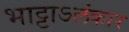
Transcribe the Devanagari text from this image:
भाट्टाऽलंकार